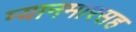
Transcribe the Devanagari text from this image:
म्यानमारसह